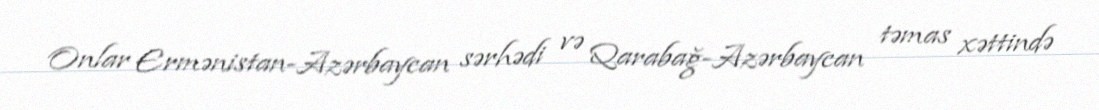
Onlar Ermənistan-Azərbaycan sərhədi və Qarabağ-Azərbaycan təmas xəttində